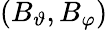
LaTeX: (B_{\vartheta},B_{\varphi})